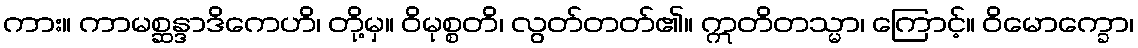
ကား။ ကာမစ္ဆန္ဒာဒိကေဟိ၊ တို့မှ။ ဝိမုစ္စတိ၊ လွတ်တတ်၏။ ဣတိတသ္မာ၊ ကြောင့်။ ဝိမောက္ခော၊